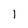
Character: 1